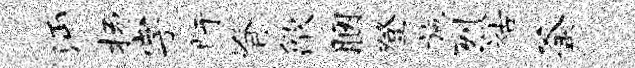
沔扬字盱脊歙胭登施烈祜釜